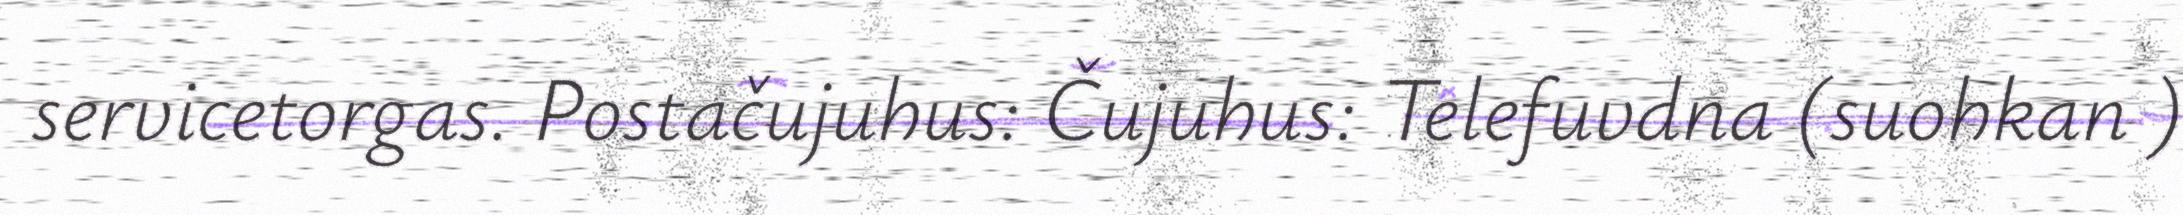
servicetorgas. Postačujuhus: Čujuhus: Telefuvdna (suohkan )